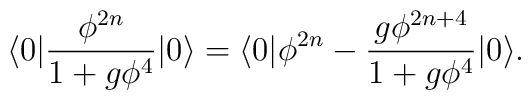
\langle 0| \frac{\phi ^{2n}}{1+g\phi ^4}|0\rangle=\langle 0 |\phi ^{2n}-\frac{g\phi ^{2n+4}}{1+g\phi ^4}|0\rangle.